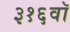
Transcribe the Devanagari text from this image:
३१६वॉ